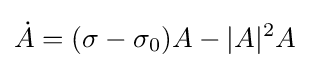
{\dot {A}}=(\sigma -\sigma _{0})A-|A|^{2}A